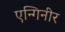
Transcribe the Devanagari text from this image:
एन्गिनीर